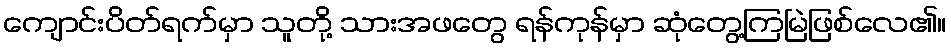
ကျောင်းပိတ်ရက်မှာ သူတို့ သားအဖတွေ ရန်ကုန်မှာ ဆုံတွေ့ကြမြဲဖြစ်လေ၏။